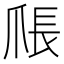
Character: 𪺑